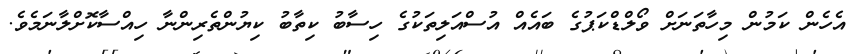
އެހެން ކަމުން މިހާތަނަށް ވޯލްޑްކަޕުގެ ބައެއް އުސްއަލިތަކުގެ ހިސާބު ކިތާބު ކިޔުންތެރިންނާ ހިއްސާކޮށްލާނަމެވެ.